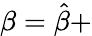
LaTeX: \beta=\hat{\beta}+